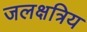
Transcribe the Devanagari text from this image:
जलक्षत्रिय